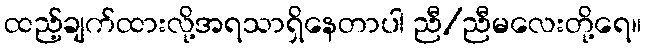
ထည့်ချက်ထားလို့အရသာရှိနေတာပါ ညီ/ညီမလေးတို့ရေ။